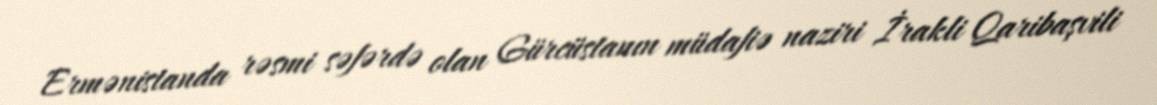
Ermənistanda rəsmi səfərdə olan Gürcüstanın müdafiə naziri İrakli Qaribaşvili